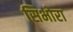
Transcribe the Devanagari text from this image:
सिभोरा